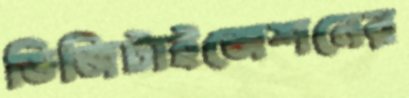
ডিজিটাইজেশনের